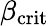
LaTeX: \beta_{\mathrm{crit}}